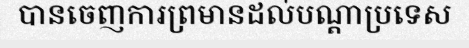
បានចេញការព្រមានដល់បណ្តាប្រទេស